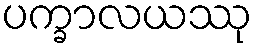
ပက္ခာလယဿု